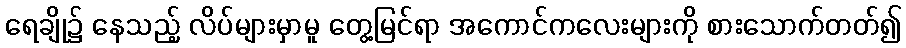
ရေချို၌ နေသည့် လိပ်များမှာမူ တွေ့မြင်ရာ အကောင်ကလေးများကို စားသောက်တတ်၍